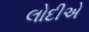
લોદીએ